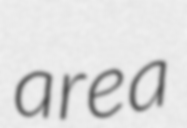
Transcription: area